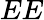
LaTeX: EE